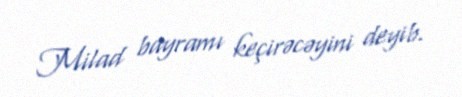
Milad bayramı keçirəcəyini deyib.